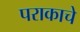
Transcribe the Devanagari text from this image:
पराकाचे